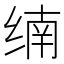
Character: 䌾